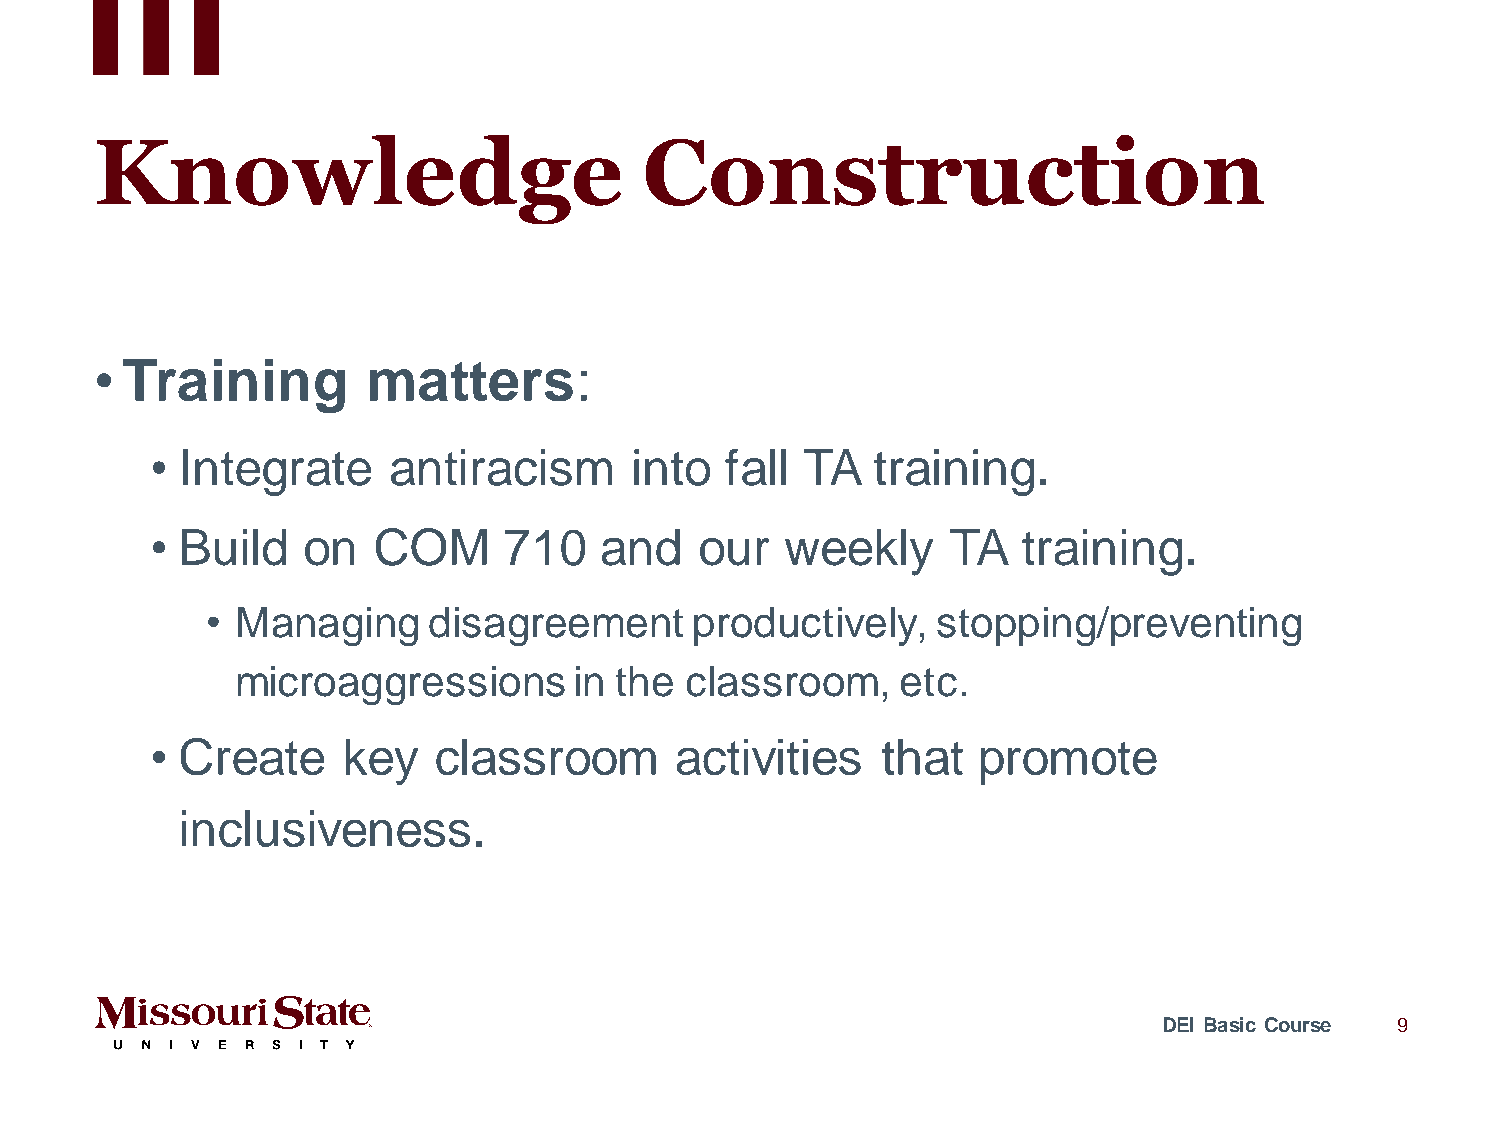
Knowledge                            Construction
 • Training        matters:
 • Integrate     antiracism      into  fall TA   training.
 • Build   on   COM     710    and   our   weekly     TA   training.
 • Managing    disagreement      productively,   stopping/preventing
 microaggressions      in the classroom,     etc.
 • Create     key   classroom       activities   that   promote
 inclusiveness.
 DEI Basic Course 9